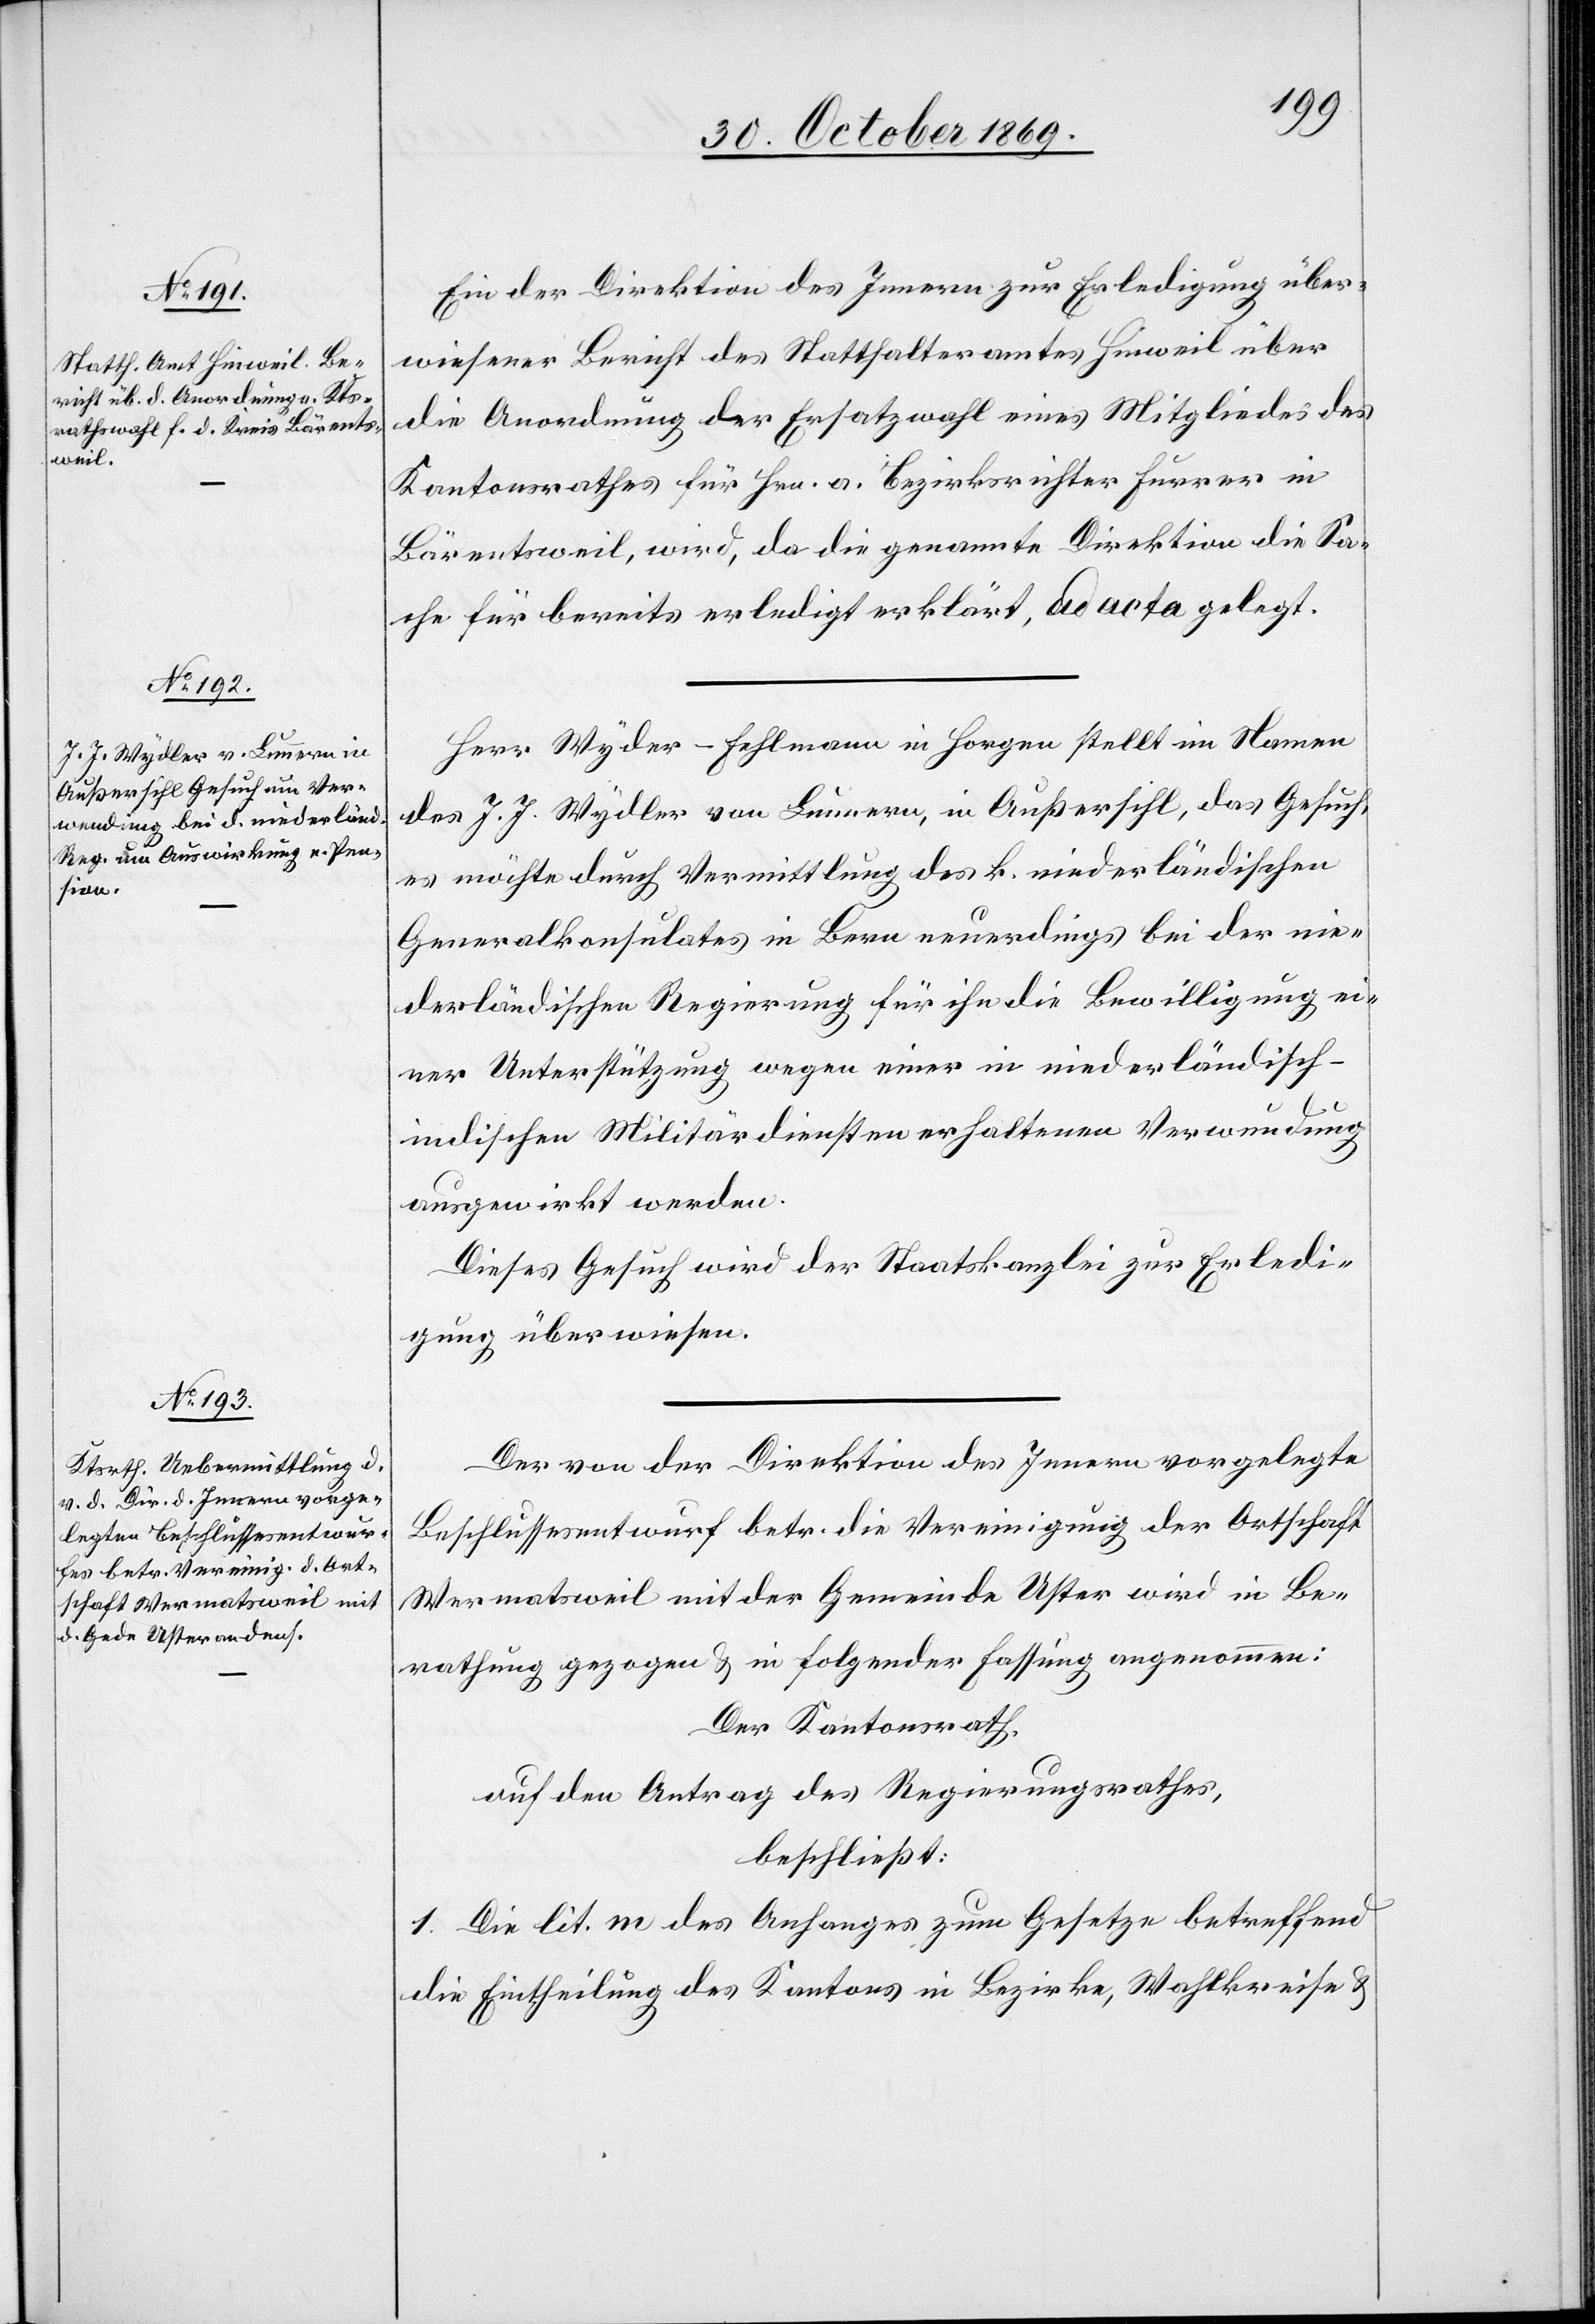
Ein der Direktion des Innern zur Erledigung über¬
wiesener Bericht des Statthalteramtes Hinweil über
die Anordnung der Ersatzwahl eines Mitgliedes des
Kantonsrathes für Hrn. a. Bezirksrichter Furrer in
Bärentsweil, wird, da die genannte Direktion die Sa¬
che für bereits erledigt erklärt, ad acta gelegt.
Herr Wyder-Fehlmann in Horgen stellt im Namen
des J. J. Wydler von Lunnern, in Außersihl, das Gesuch,
es möchte durch Vermittlung des k. niederländischen
Generalkonsulates in Bern neuerdings bei der nie¬
derländischen Regierung für ihn die Bewilligung ei¬
ner Unterstützung wegen einer in niederländisch-i¬
ndischen Militärdiensten erhaltenen Verwundung
ausgewirkt werden.
Dieses Gesuch wird der Staatskanzlei zur Erledi¬
gung überwiesen.
Der von der Direktion des Innern vorgelegte
Beschlussesentwurf betr. die Vereinigung der Ortschaft
Wermatsweil mit der Gemeinde Uster wird in Be¬
rathung gezogen & in folgender Fassung angenommen:
Der Kantonsrath,
auf den Antrag des Regierungsrathes,
beschließt:
1. Die lit. m des Anhanges zum Gesetze betreffend
die Eintheilung des Kantons in Bezirke, Wahlkreise &